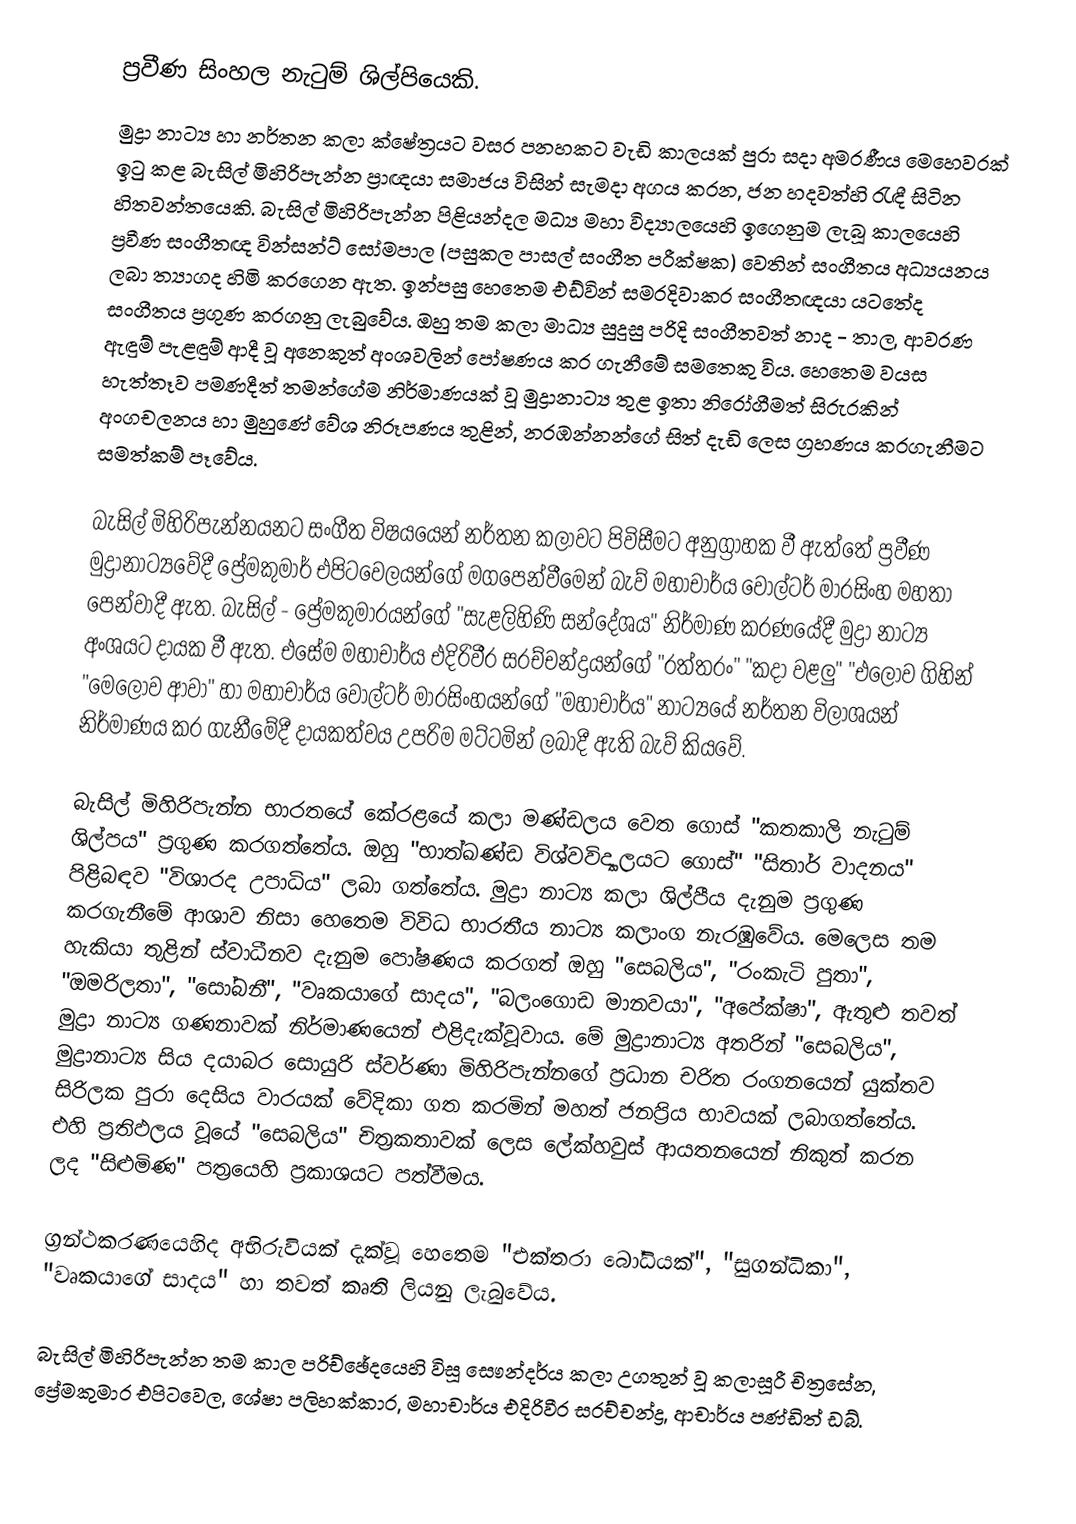
ප්‍රවීණ සිංහල නැටුම් ශිල්පියෙකි.
මුද්‍රා නාට්‍ය හා නර්තන කලා ක්‌ෂේත්‍රයට වසර පනහකට වැඩි කාලයක්‌ පුරා සදා අමරණීය මෙහෙවරක්‌ ඉටු කළ බැසිල් මිහිරිපැන්න ප්‍රාඥයා සමාජය විසින් සැමදා අගය කරන, ජන හදවත්හි රැඳී සිටින හිතවන්තයෙකි. බැසිල් මිහිරිපැන්න පිළියන්දල මධ්‍ය මහා විද්‍යාලයෙහි ඉගෙනුම ලැබූ කාලයෙහි ප්‍රවීණ සංගීතඥ වින්සන්ට්‌ සෝමපාල (පසුකල පාසල් සංගීත පරීක්‌ෂක) වෙතින් සංගීතය අධ්‍යයනය ලබා ත්‍යාගද හිමි කරගෙන ඇත. ඉන්පසු හෙතෙම එඩ්වින් සමරදිවාකර සංගීතඥයා යටතේද සංගීතය ප්‍රගුණ කරගනු ලැබුවේය. ඔහු තම කලා මාධ්‍ය සුදුසු පරිදි සංගීතවත් නාද - තාල, ආවරණ ඇඳුම් පැළඳුම් ආදී වූ අනෙකුත් අංශවලින් පෝෂණය කර ගැනීමේ සමතෙකු විය. හෙතෙම වයස හැත්තෑව පමණදීත් තමන්ගේම නිර්මාණයක්‌ වූ මුද්‍රානාට්‍ය තුළ ඉතා නිරෝගීමත් සිරුරකින් අංගචලනය හා මුහුණේ වේශ නිරූපණය තුළින්, නරඹන්නන්ගේ සිත් දැඩි ලෙස ග්‍රහණය කරගැනීමට සමත්කම් පෑවේය.

බැසිල් මිහිරිපැන්නයනට සංගීත විෂයයෙන් නර්තන කලාවට පිවිසීමට අනුග්‍රාහක වී ඇත්තේ ප්‍රවීණ මුද්‍රානාට්‍යවේදී ප්‍රේමකුමාර් එපිටවෙලයන්ගේ මගපෙන්වීමෙන් බැව් මහාචාර්ය වෝල්ටර් මාරසිංහ මහතා පෙන්වාදී ඇත. බැසිල් - ප්‍රේමකුමාරයන්ගේ "සැළලිහිණි සන්දේශය" නිර්මාණ කරණයේදී මුද්‍රා නාට්‍ය අංශයට දායක වී ඇත. එසේම මහාචාර්ය එදිරිවීර සරච්චන්ද්‍රයන්ගේ "රත්තරං" "කදා වළලු" "එලොව ගිහින් "මෙලොව ආවා" හා මහාචාර්ය වෝල්ටර් මාරසිංහයන්ගේ "මහාචාර්ය" නාට්‍යයේ නර්තන විලාශයන් නිර්මාණය කර ගැනීමේදී දායකත්වය උපරිම මට්‌ටමින් ලබාදී ඇති බැව් කියවේ.

බැසිල් මිහිරිපැන්න භාරතයේ කේරළයේ කලා මණ්‌ඩලය වෙත ගොස්‌ "කතකාලි නැටුම් ශිල්පය" ප්‍රගුණ කරගත්තේය. ඔහු "භාත්ඛණ්‌ඩ විශ්වවිද්‍යාලයට ගොස්‌" "සිතාර් වාදනය" පිළිබඳව "විශාරද උපාධිය" ලබා ගත්තේය. මුද්‍රා නාට්‍ය කලා ශිල්පීය දැනුම ප්‍රගුණ කරගැනීමේ ආශාව නිසා හෙතෙම විවිධ භාරතීය නාට්‍ය කලාංග නැරඹුවේය. මෙලෙස තම හැකියා තුළින් ස්‌වාධීනව දැනුම පෝෂණය කරගත් ඔහු "සෙබලිය", "රංකැටි පුතා", "ඔමරිලතා", "සෝබනී", "වෘකයාගේ සාදය", "බලංගොඩ මානවයා", "අපේක්‌ෂා", ඇතුළු තවත් මුද්‍රා නාට්‍ය ගණනාවක්‌ නිර්මාණයෙන් එළිදැක්‌වූවාය. මේ මුද්‍රානාට්‍ය අතරින් "සෙබලිය", මුද්‍රානාට්‍ය සිය දයාබර සොයුරි ස්‌වර්ණා මිහිරිපැන්නගේ ප්‍රධාන චරිත රංගනයෙන් යුක්‌තව සිරිලක පුරා දෙසිය වාරයක්‌ වේදිකා ගත කරමින් මහත් ජනප්‍රිය භාවයක්‌ ලබාගත්තේය. එහි ප්‍රතිඵලය වූයේ "සෙබලිය" චිත්‍රකතාවක්‌ ලෙස ලේක්‌හවුස්‌ ආයතනයෙන් නිකුත් කරන ලද "සිළුමිණ" පත්‍රයෙහි ප්‍රකාශයට පත්වීමය.

ග්‍රන්ථකරණයෙහිද අභිරුවියක්‌ දැක්‌වූ හෙතෙම "එක්‌තරා බෝධියක්‌", "සුගන්ධිකා", "වෘකයාගේ සාදය" හා තවත් කෘති ලියනු ලැබුවේය.

බැසිල් මිහිරිපැන්න තම කාල පරිච්ඡේදයෙහි විසූ සෞන්දර්ය කලා උගතුන් වූ කලාසූරී චිත්‍රසේන, ප්‍රේමකුමාර එපිටවෙල, ශේෂා පලිහක්‌කාර, මහාචාර්ය එදිරිවීර සරච්චන්ද්‍ර, ආචාර්ය පණ්‌ඩිත් ඩබ්.